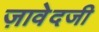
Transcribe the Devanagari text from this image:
ज़ावेदजी